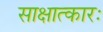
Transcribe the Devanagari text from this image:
साक्षात्कारः